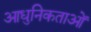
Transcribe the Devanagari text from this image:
आधुनिकताओं